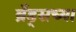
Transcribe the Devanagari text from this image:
ब्रँड्सच्या